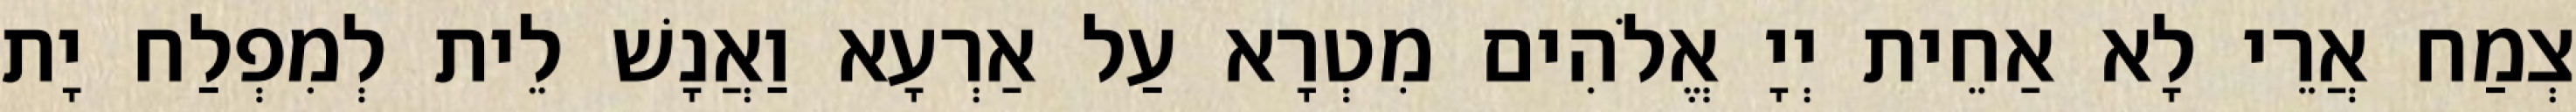
צְמַח אֲרֵי לָא אַחֵית יְיָ אֱלֹהִים מִטְרָא עַל אַרְעָא וַאֲנָשׁ לֵית לְמִפְלַח יָת